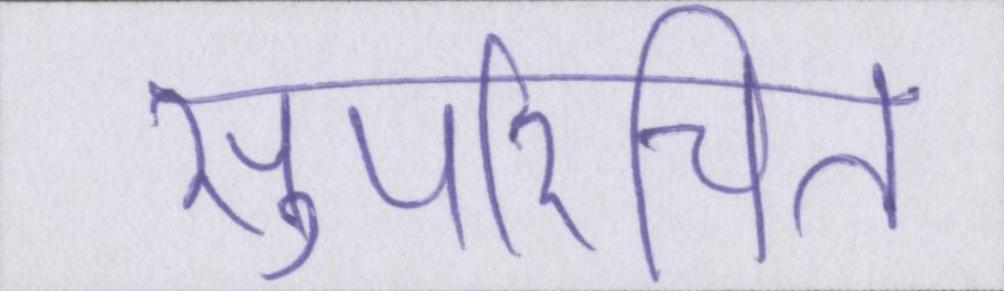
सुपरिचित